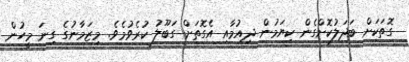
ގޮތަކަށް ބަދަލުކޮށްގެން ކިޔަމުން ދިއުމާއި އެގޮތަށް ގަބޫލު ކުރެވުމެވެ. މިޒަމާނުގެ ގިނަ މީހުން